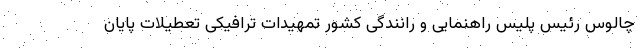
چالوس رئیس پلیس راهنمایی و رانندگی کشور تمهیدات ترافیکی تعطیلات پایان